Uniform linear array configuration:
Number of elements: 32
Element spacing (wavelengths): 0.5
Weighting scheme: exponential
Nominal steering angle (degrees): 30
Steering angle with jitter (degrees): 28.285
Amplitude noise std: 0.05
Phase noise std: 0.05

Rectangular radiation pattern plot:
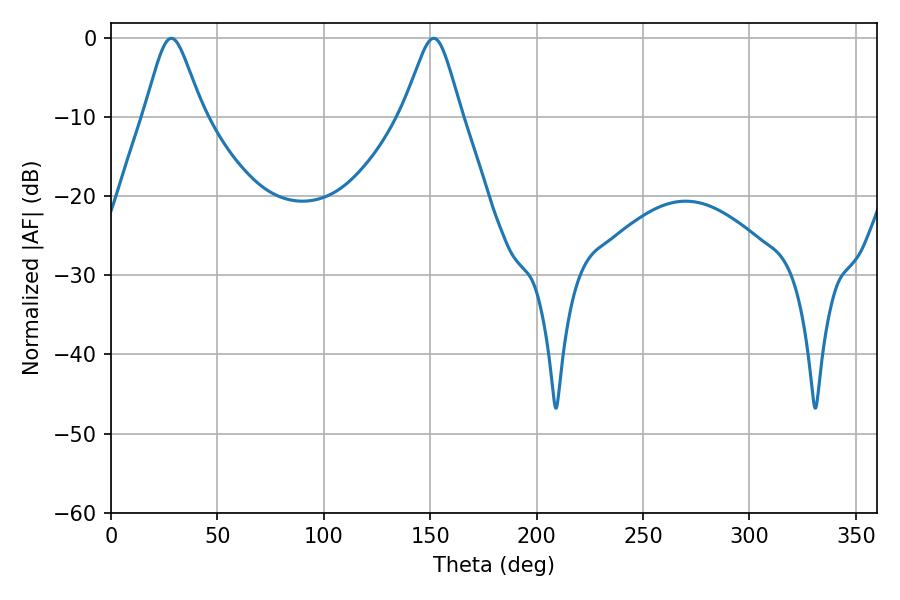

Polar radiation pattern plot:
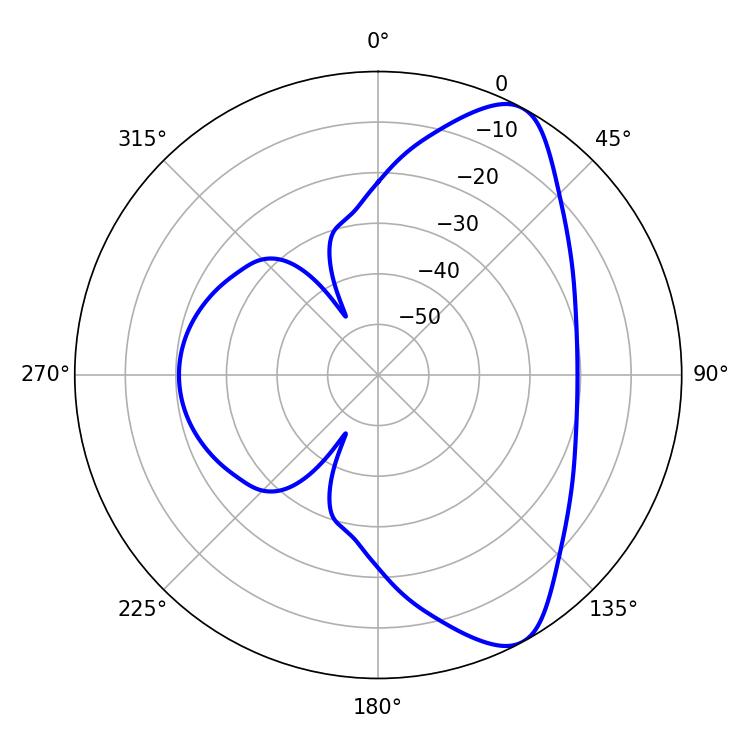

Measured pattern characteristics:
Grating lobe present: FALSE
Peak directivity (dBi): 8.453
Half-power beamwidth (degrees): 13.32
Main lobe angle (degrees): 28.44